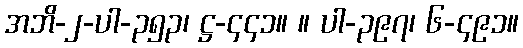
အဘိ-၂-ပါ-၃၅၃၊ ဋ္ဌ-၄၄၁။ ။ ပါ-၃၉၇၊ ၆-၄၉၁။